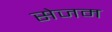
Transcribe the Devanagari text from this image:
सेजम